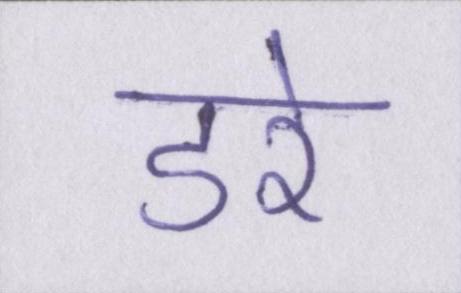
डरे